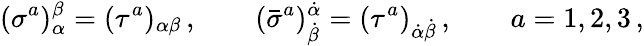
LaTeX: (\sigma^{a})_{\alpha}^{\beta}=(\tau^{a})_{\alpha\beta}\, ,\qquad(\bar{\sigma}^{a})_{\dot{\beta}}^{\dot{\alpha}}=(\tau^{a})_{\dot{\alpha}\dot{\beta}}\, ,\qquad a=1,2,3\, ,